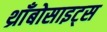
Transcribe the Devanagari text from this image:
थ्राँबोसाइट्स